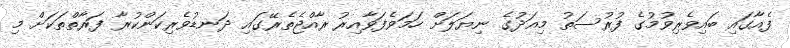
ފެއާގައި ބައިވެރިވުމުގެ ފުރުސަތު މިއަދުގެ ނިޔަލަށް ހަމަވެފަވާއިރު ރާއްޖެތެރޭގައި ދަނޑުވެރިކަންކުރާ ފަރާތްތަކަށް މި